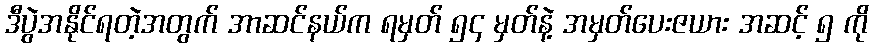
ဒီပွဲအနိုင်ရတဲ့အတွက် အာဆင်နယ်က ရမှတ် ၅၄ မှတ်နဲ့ အမှတ်ပေးဇယား အဆင့် ၅ ကို